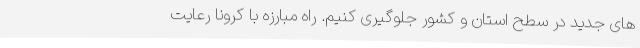
های جدید در سطح استان و کشور جلوگیری کنیم. راه مبارزه با کرونا رعایت